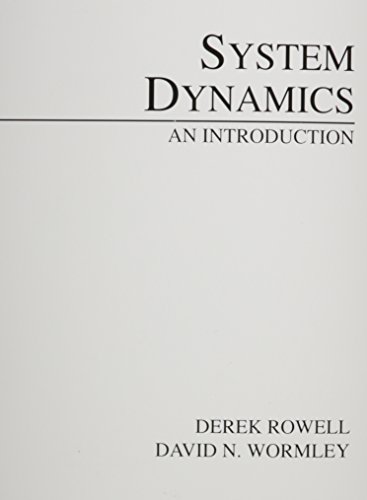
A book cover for System Dynamics: An Introduction; Derek Rowell; Computers & Technology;